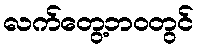
လက်တွေ့ဘဝတွင်